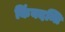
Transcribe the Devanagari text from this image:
किंबदन्ति